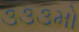
૩૩૩મો